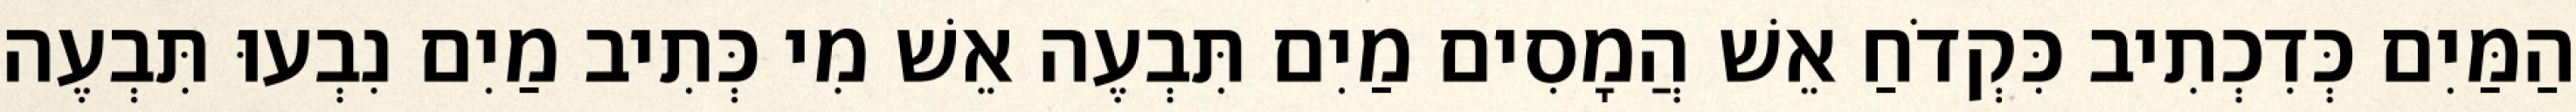
הַמַּיִם כְּדִכְתִיב כִּקְדֹחַ אֵשׁ הֲמָסִים מַיִם תִּבְעֶה אֵשׁ מִי כְּתִיב מַיִם נִבְעוּ תִּבְעֶה